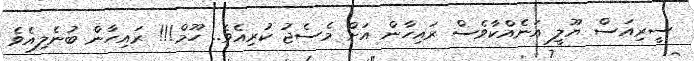
ސީރިއަސް ޔޫލީ އަނެއްކާވެސް ރައިހާން އަށް މެސެޖު ކުރިއެވެ.. ހޫމް!!! ރައިހާން ބުނެލިއެވެ